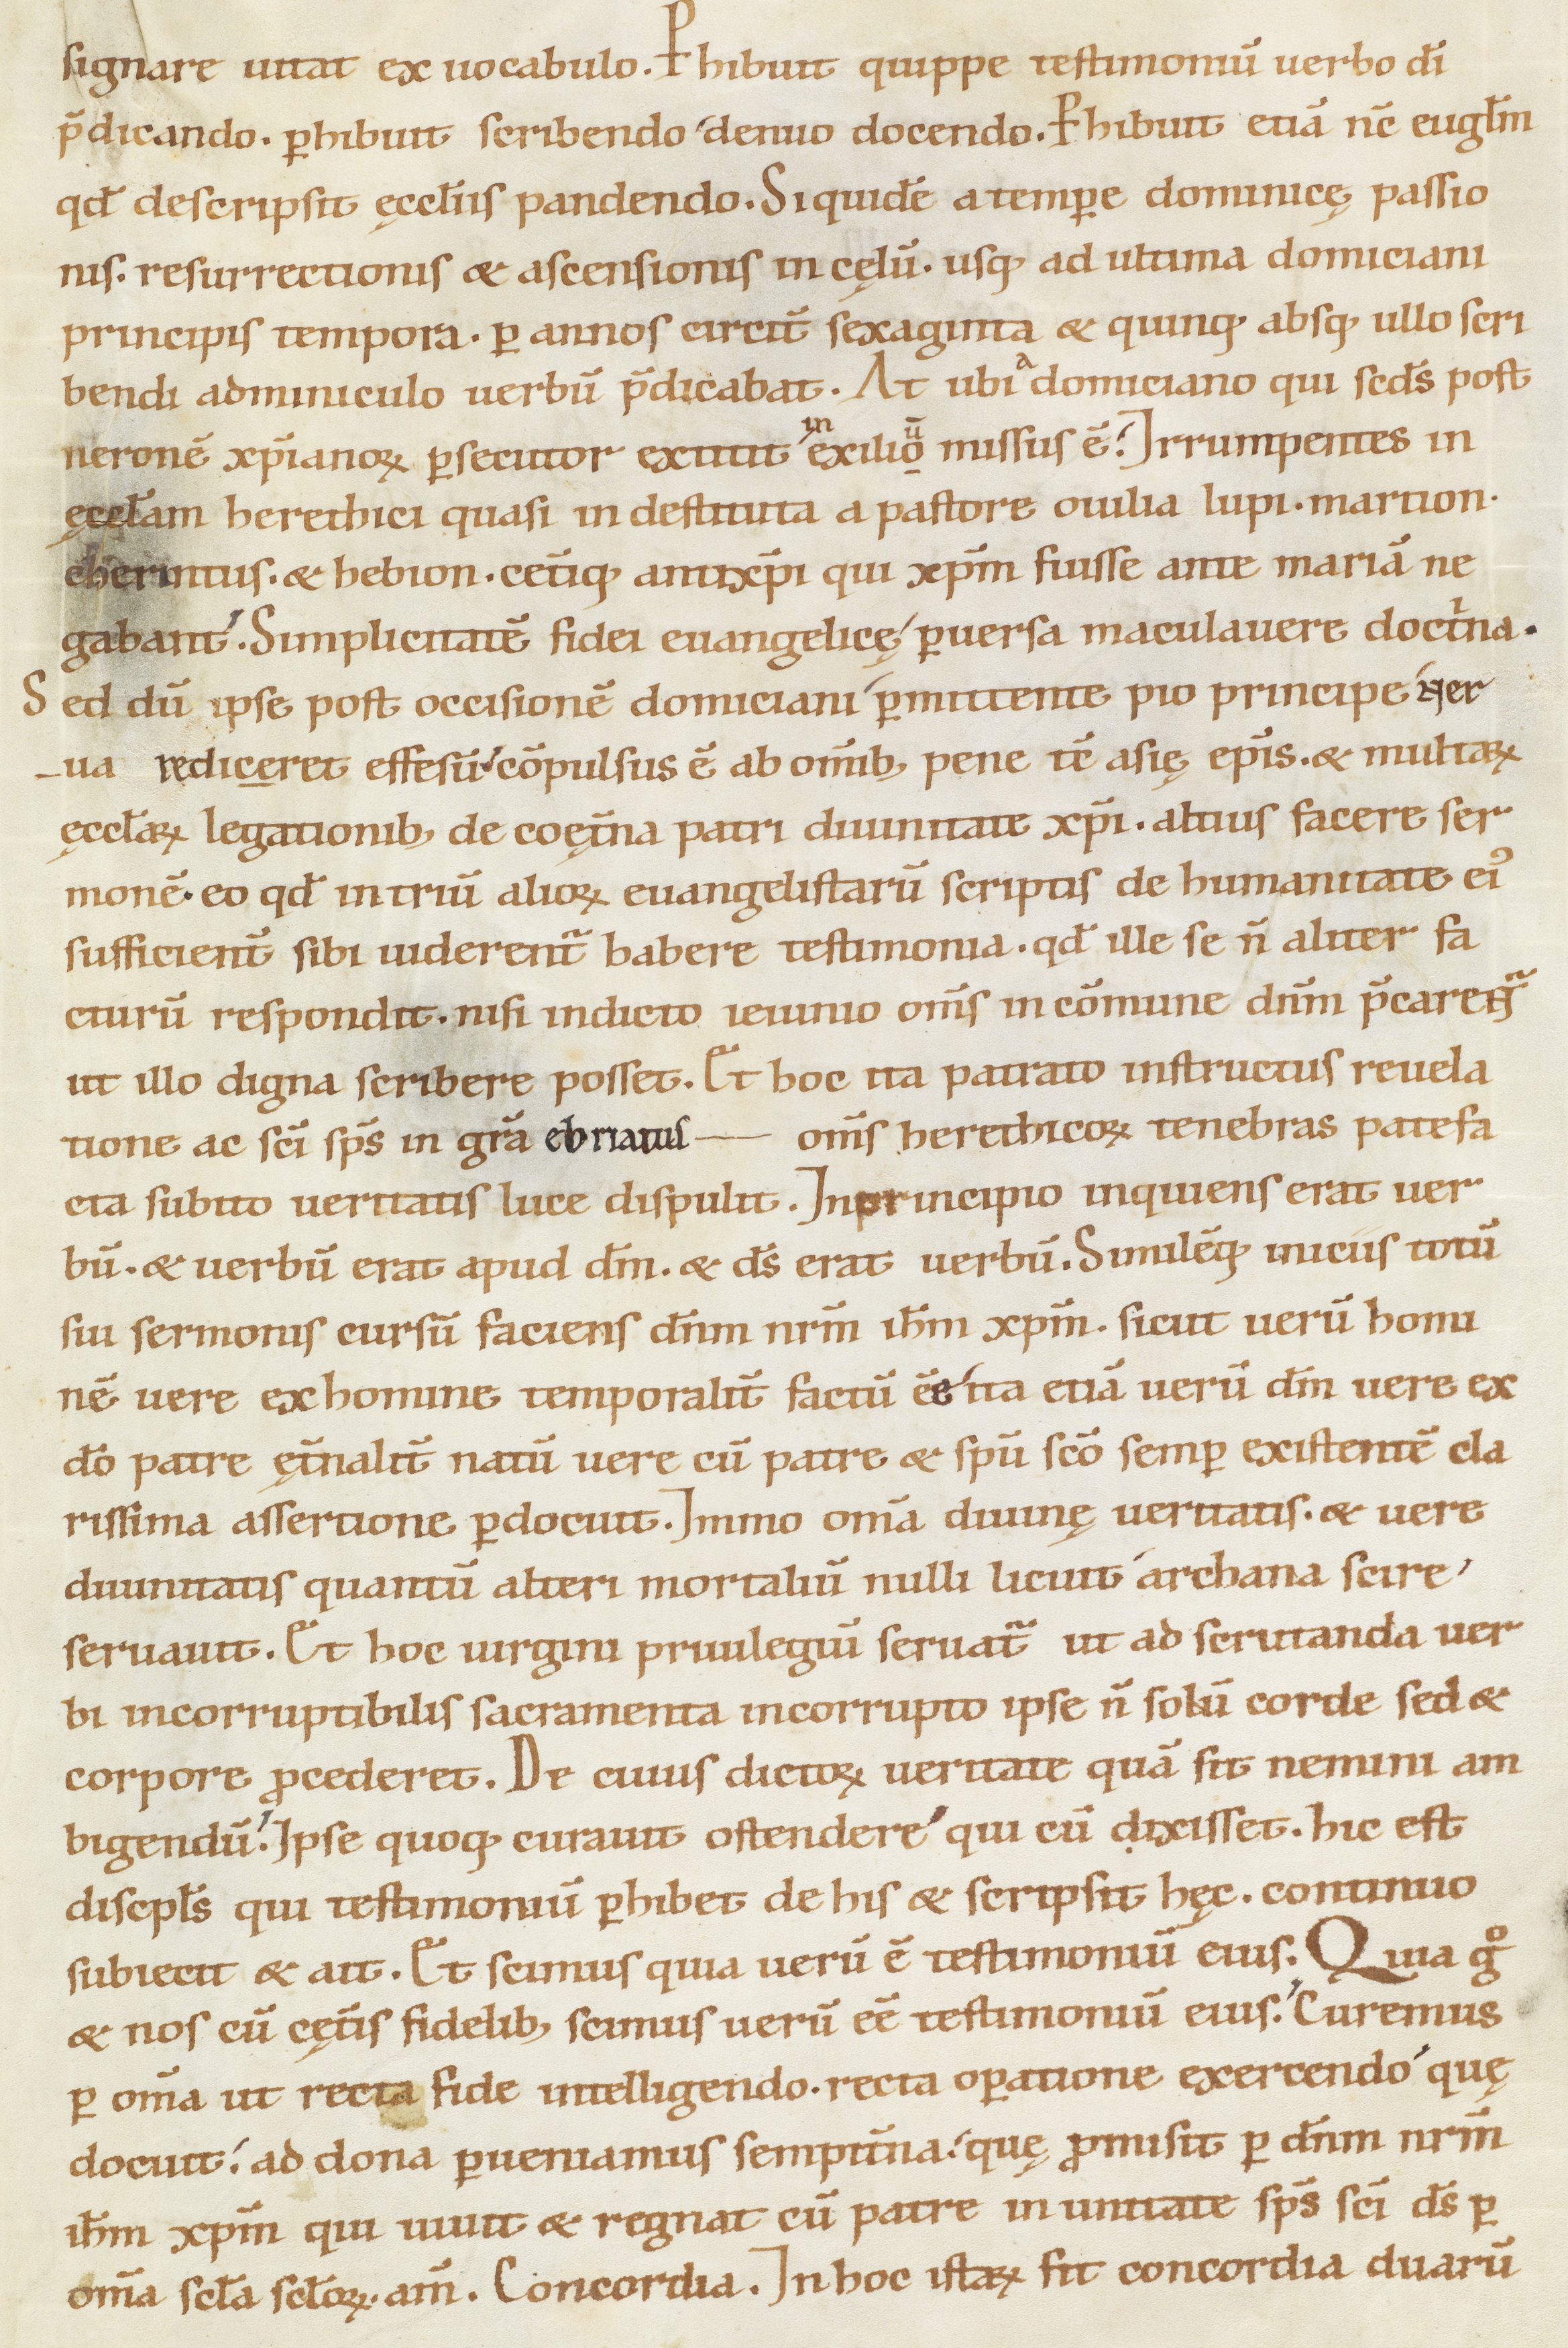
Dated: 1100–1199